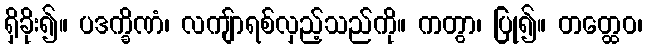
ရှိခိုး၍။ ပဒက္ခိဏံ၊ လကျ်ာရစ်လှည့်သည်ကို။ ကတွာ၊ ပြု၍။ တတ္ထေဝ၊